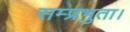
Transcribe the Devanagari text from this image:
सम्प्रभुता।